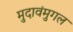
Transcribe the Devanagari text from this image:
मुदावंमुगल